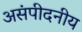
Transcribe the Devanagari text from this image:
असंपीदनीय